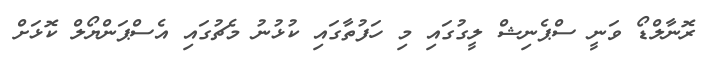
ރޮނާލްޑޯ ވަނީ ސްޕެނިޝް ލީގުގައި މި ހަފުތާގައި ކުޅުނު މެޗުގައި އެސްޕަންޔޯލް ކޮޅަށް